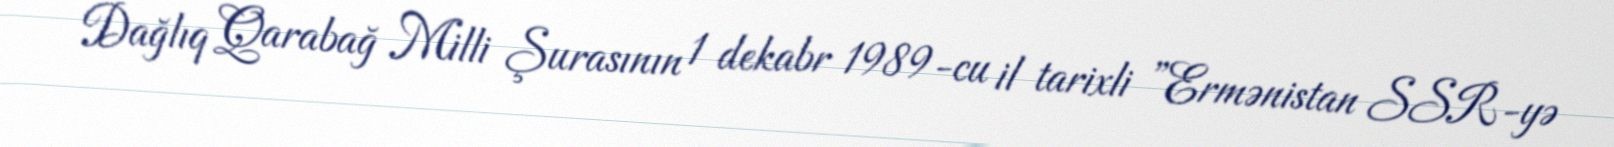
Dağlıq Qarabağ Milli Şurasının 1 dekabr 1989-cu il tarixli ”Ermənistan SSR-yə